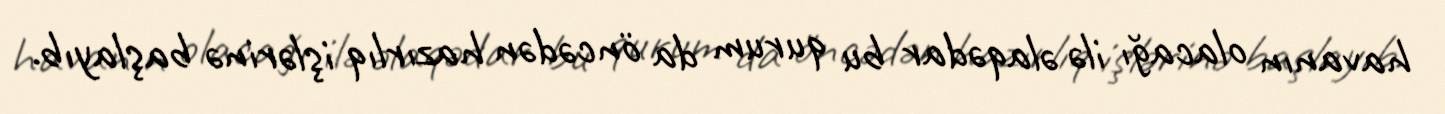
havanın olacağı ilə əlaqədar bu qurum da öncədən hazırlıq işlərinə başlayıb.